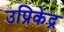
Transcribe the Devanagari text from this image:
उप्रिकेंद्र